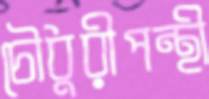
চৌধুরীপন্থী